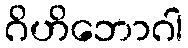
ဂိဟိဘောဂါ